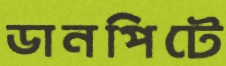
ডানপিটে